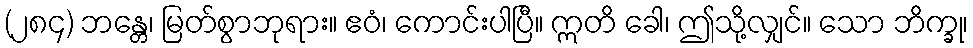
(၂၈၄) ဘန္တေ၊ မြတ်စွာဘုရား။ ဧဝံ၊ ကောင်းပါပြီ။ ဣတိ ခေါ၊ ဤသို့လျှင်။ သော ဘိက္ခု၊